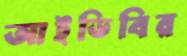
আইডিবির